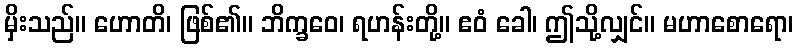
မှိးသည်။ ဟောတိ၊ ဖြစ်၏။ ဘိက္ခဝေ၊ ရဟန်းတို့။ ဧဝံ ခေါ၊ ဤသို့လျှင်။ မဟာစောရော၊